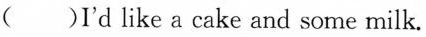
()I'd like a cake and some milk.